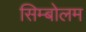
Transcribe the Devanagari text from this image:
सिम्बोलम